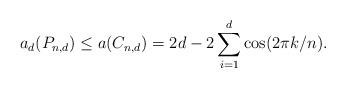
LaTeX: \begin{align*}a_d(P_{n,d})\leq a(C_{n,d})=2d- 2\sum_{i=1}^d \cos(2\pi k /n).\end{align*}